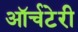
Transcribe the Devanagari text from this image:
ऑर्चटेरी